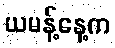
ယမန့်နေ့က